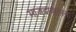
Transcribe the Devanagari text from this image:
माजदायासन